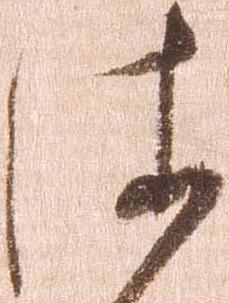
依